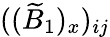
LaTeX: ((\widetilde{B}_{1})_{x})_{ij}